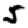
Digit: 5